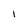
Character: l